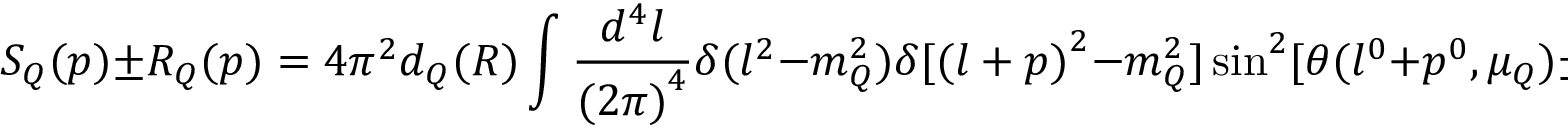
S _ { Q } ( p ) \pm R _ { Q } ( p ) = 4 \pi ^ { 2 } d _ { Q } ( R ) \int \frac { d ^ { 4 } l } { { ( 2 \pi ) } ^ { 4 } } \delta ( l ^ { 2 } - m _ { Q } ^ { 2 } ) \delta [ { ( l + p ) } ^ { 2 } - m _ { Q } ^ { 2 } ] \sin ^ { 2 } [ \theta ( l ^ { 0 } + p ^ { 0 } , \mu _ { Q } ) \pm \theta ( l ^ { 0 } , \mu _ { Q } ) ] \geq 0 .